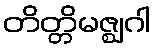
တိတ္တိမဇ္ဈဂါ